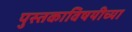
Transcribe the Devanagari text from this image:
पुस्तकाविषयीच्या